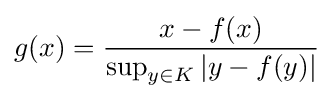
g(x)={\frac {x-f(x)}{\sup _{y\in K}\left|y-f(y)\right|}}